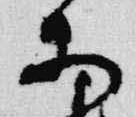
等